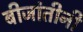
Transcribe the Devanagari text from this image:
बीजांतीनी